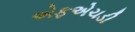
એફએચડી